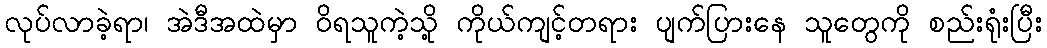
လုပ်လာခဲ့ရာ၊ အဲဒီအထဲမှာ ဝိရသူကဲ့သို့ ကိုယ်ကျင့်တရား ပျက်ပြားနေ သူတွေကို စည်းရုံးပြီး